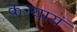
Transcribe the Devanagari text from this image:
कन्यायं